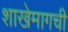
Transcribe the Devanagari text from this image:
शाखेमागची